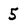
Character: 5